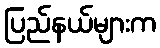
ပြည်နယ်များက